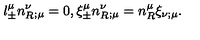
l _ { \pm } ^ { \mu } n _ { R } ^ { \nu } _ { ; \mu } = 0 , \xi _ { \pm } ^ { \mu } n _ { R } ^ { \nu } _ { ; \mu } = n _ { R } ^ { \mu } \xi _ { \nu ; \mu } .